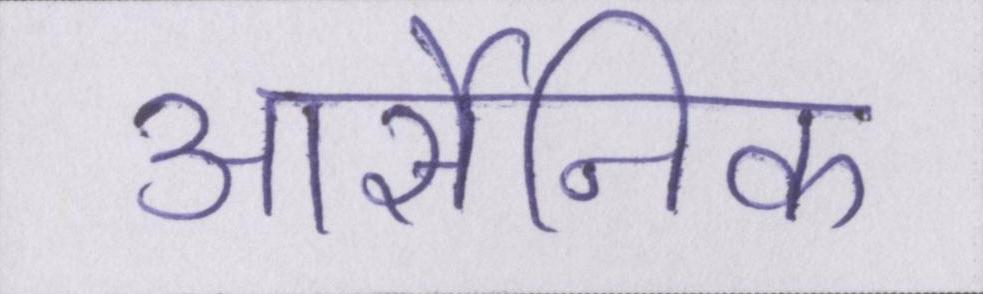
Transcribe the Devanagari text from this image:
आर्सेनिक